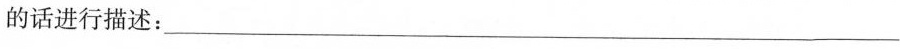
的话进行描述：___